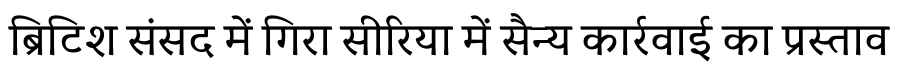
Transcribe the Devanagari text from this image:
ब्रिटिश संसद में गिरा सीरिया में सैन्य कार्रवाई का प्रस्ताव